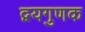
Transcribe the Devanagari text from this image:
द्वयगुणक